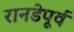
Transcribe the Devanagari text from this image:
रानडेपूर्व